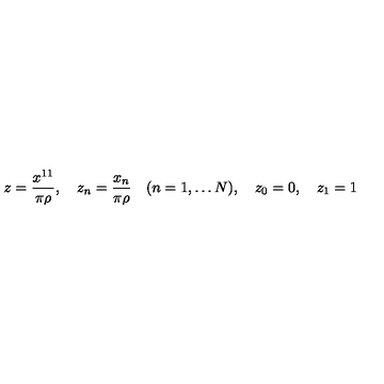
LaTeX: z = \frac { x ^ { 1 1 } } { \pi \rho } , \quad z _ { n } = \frac { x _ { n } } { \pi \rho } \quad ( n = 1 , \ldots N ) , \quad z _ { 0 } = 0 , \quad z _ { 1 } = 1